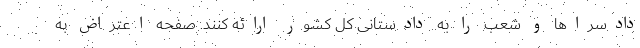
دادسراها و شعب را به دادستانی کل کشور ارائه کنند. صفحه اعتراض به